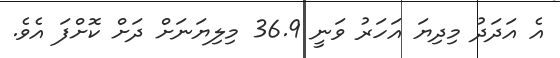
އެ އަދަދު މިދިޔަ އަހަރު ވަނީ 36.9 މިލިޔަނަށް ދަށް ކޮށްފަ އެވެ.